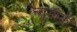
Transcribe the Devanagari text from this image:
न्यूयॉर्क़